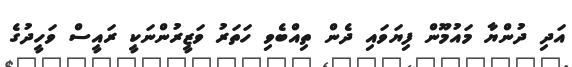
އަދި ދުންޔާ މައުމޫން ފިޔަވައި ދެން ތިއްބެވި ހަތަރު ވަޒީރުންނަކީ ރައީސް ވަހީދުގެ